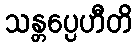
သန္တပ္ပေဟီတိ